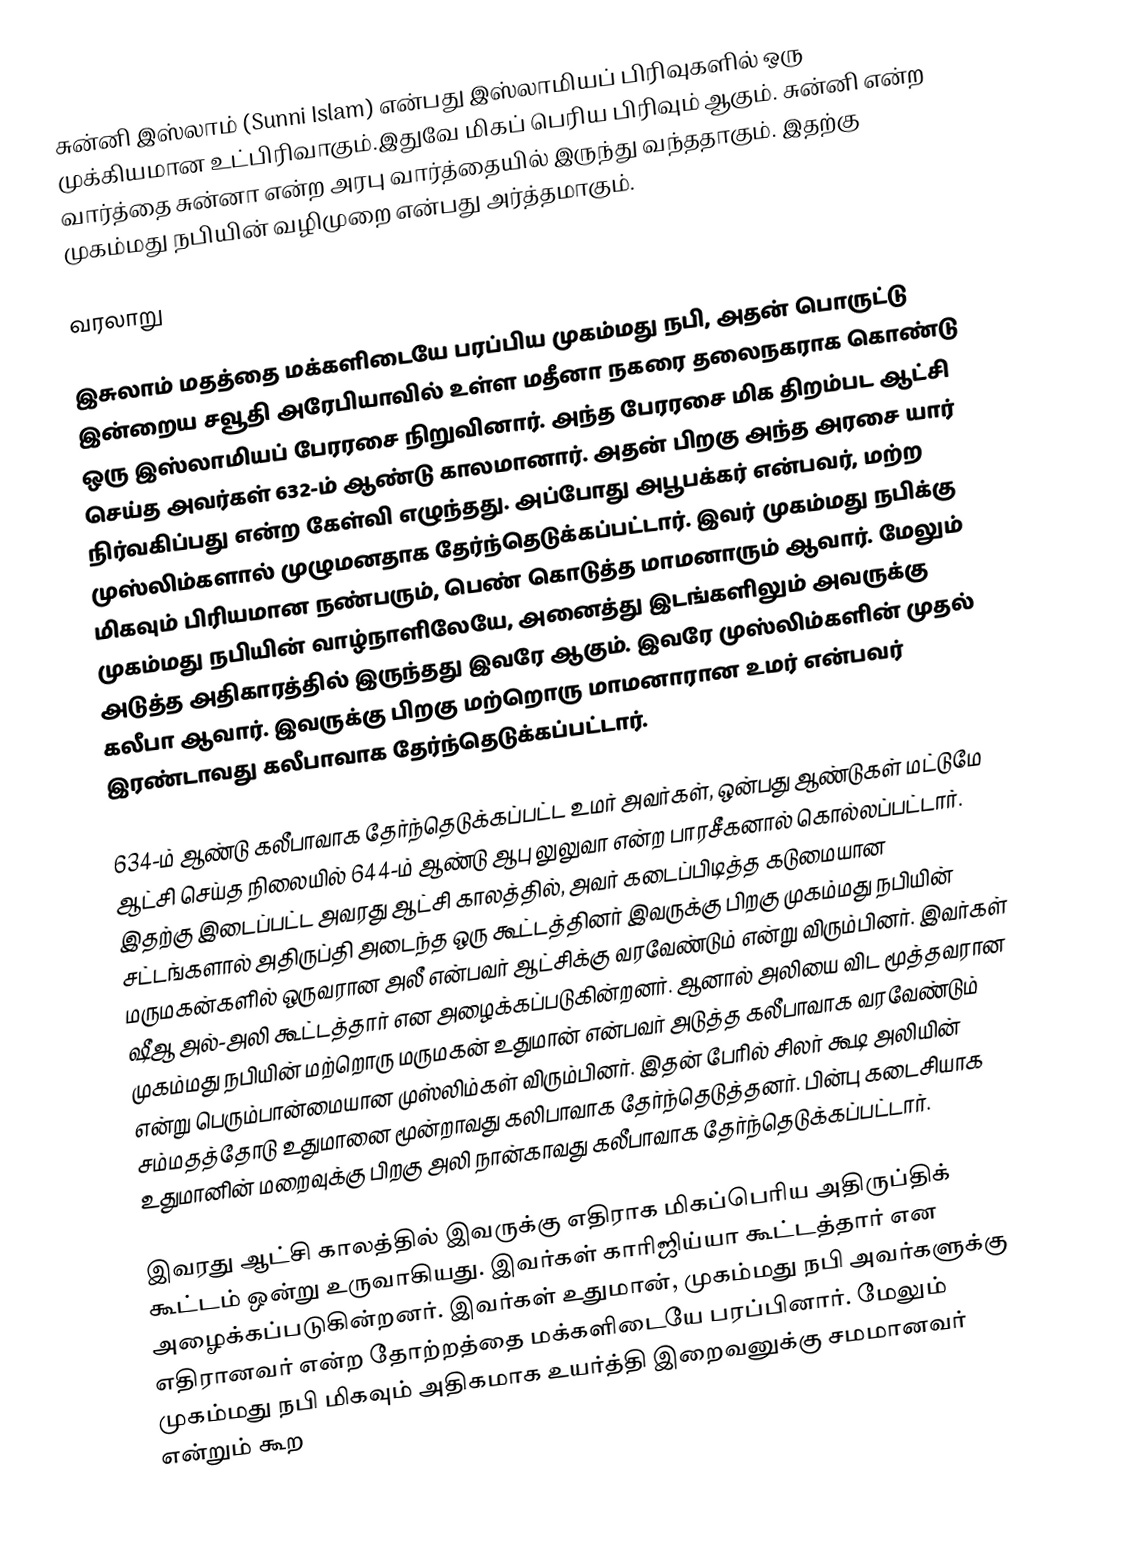
சுன்னி இஸ்லாம் (Sunni Islam) என்பது இஸ்லாமியப் பிரிவுகளில் ஒரு முக்கியமான உட்பிரிவாகும்.இதுவே மிகப் பெரிய பிரிவும் ஆகும். சுன்னி என்ற வார்த்தை சுன்னா என்ற அரபு வார்த்தையில் இருந்து வந்ததாகும். இதற்கு முகம்மது நபியின் வழிமுறை என்பது அர்த்தமாகும்.

வரலாறு

இசுலாம் மதத்தை மக்களிடையே பரப்பிய முகம்மது நபி, அதன் பொருட்டு இன்றைய சவூதி அரேபியாவில் உள்ள மதீனா நகரை தலைநகராக கொண்டு ஒரு இஸ்லாமியப் பேரரசை நிறுவினார். அந்த பேரரசை மிக திறம்பட ஆட்சி செய்த அவர்கள் 632-ம் ஆண்டு காலமானார். அதன் பிறகு அந்த அரசை யார் நிர்வகிப்பது என்ற கேள்வி எழுந்தது. அப்போது அபூபக்கர் என்பவர், மற்ற முஸ்லிம்களால் முழுமனதாக தேர்ந்தெடுக்கப்பட்டார். இவர் முகம்மது நபிக்கு மிகவும் பிரியமான நண்பரும், பெண் கொடுத்த மாமனாரும் ஆவார். மேலும் முகம்மது நபியின் வாழ்நாளிலேயே, அனைத்து இடங்களிலும் அவருக்கு அடுத்த அதிகாரத்தில் இருந்தது இவரே ஆகும். இவரே முஸ்லிம்களின் முதல் கலீபா ஆவார். இவருக்கு பிறகு மற்றொரு மாமனாரான உமர் என்பவர் இரண்டாவது கலீபாவாக தேர்ந்தெடுக்கப்பட்டார்.

634-ம் ஆண்டு கலீபாவாக தேர்ந்தெடுக்கப்பட்ட உமர் அவர்கள், ஒன்பது ஆண்டுகள் மட்டுமே ஆட்சி செய்த நிலையில் 644-ம் ஆண்டு ஆபு லுலுவா என்ற பாரசீகனால் கொல்லப்பட்டார். இதற்கு இடைப்பட்ட அவரது ஆட்சி காலத்தில், அவர் கடைப்பிடித்த கடுமையான சட்டங்களால் அதிருப்தி அடைந்த ஒரு கூட்டத்தினர் இவருக்கு பிறகு  முகம்மது நபியின் மருமகன்களில் ஒருவரான அலீ என்பவர் ஆட்சிக்கு வரவேண்டும் என்று விரும்பினர். இவர்கள் ஷீஆ அல்-அலி கூட்டத்தார் என அழைக்கப்படுகின்றனர். ஆனால் அலியை விட மூத்தவரான முகம்மது நபியின் மற்றொரு மருமகன் உதுமான் என்பவர் அடுத்த கலீபாவாக வரவேண்டும் என்று பெரும்பான்மையான முஸ்லிம்கள் விரும்பினர். இதன் பேரில் சிலர் கூடி அலியின் சம்மதத்தோடு உதுமானை மூன்றாவது கலிபாவாக தேர்ந்தெடுத்தனர். பின்பு கடைசியாக உதுமானின் மறைவுக்கு பிறகு அலி நான்காவது கலீபாவாக தேர்ந்தெடுக்கப்பட்டார்.

இவரது ஆட்சி காலத்தில் இவருக்கு எதிராக மிகப்பெரிய அதிருப்திக் கூட்டம் ஒன்று உருவாகியது. இவர்கள் காரிஜிய்யா கூட்டத்தார் என அழைக்கப்படுகின்றனர். இவர்கள் உதுமான், முகம்மது நபி அவர்களுக்கு எதிரானவர் என்ற தோற்றத்தை மக்களிடையே பரப்பினார். மேலும் முகம்மது நபி  மிகவும் அதிகமாக உயர்த்தி இறைவனுக்கு சமமானவர் என்றும் கூற